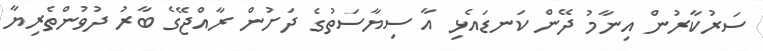
ސަރުކާރުން އިނާމު ދޭން ކަނޑައެޅި އާ ސިޔާސަތުގެ ދަށުން ރާއްޖޭގެ ބާރު ދުވުންތެރިޔާ